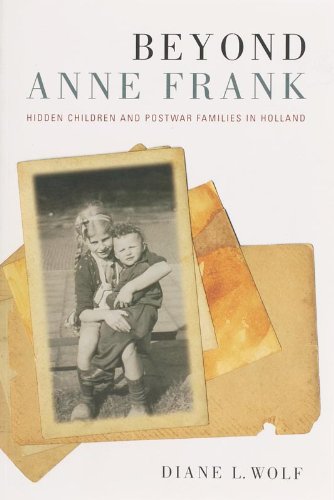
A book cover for Beyond Anne Frank: Hidden Children and Postwar Families in Holland; Diane Lauren Wolf; History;